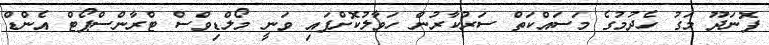
ފޮނަދޫ މަގު ހެދުމުގެ މަސައްކަތް ސަރުކާރުން ހަވާލުކޮށްފައި ވަނީ މޯލްޑިވްސް ޓްރާންސްޕޯޓް އެންޑް